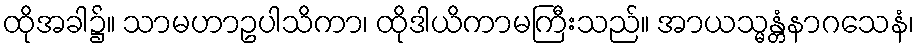
ထိုအခါ၌။ သာမဟာဥပါသိကာ၊ ထိုဒါယိကာမကြီးသည်။ အာယသ္မန္တံနာဂသေနံ၊